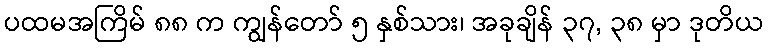
ပထမအကြိမ် ၈၈ က ကျွန်တော် ၅ နှစ်သား၊ အခုချိန် ၃၇, ၃၈ မှာ ဒုတိယ